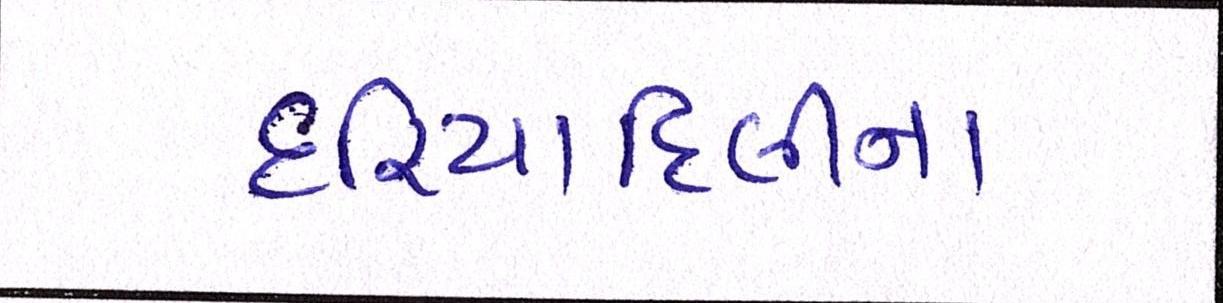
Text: દરિયાદિલીના